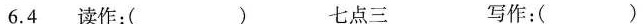
6.4读作：( ) 七点三 写作：( )